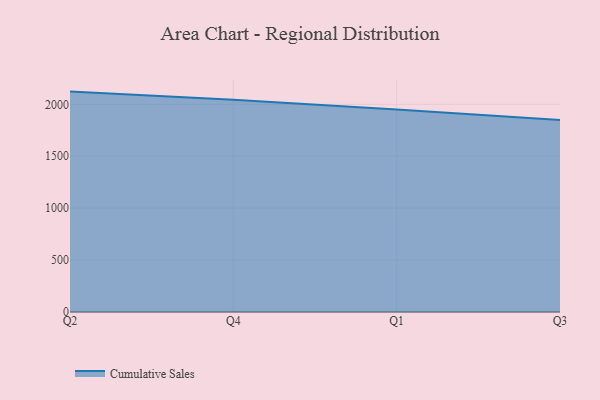
{"axis": {"x": "Quarter", "y": "Demand Index"}, "legend": ["Cumulative Sales"], "data": [{"x": "Q2", "y": 2123.0, "type": "Cumulative Sales"}, {"x": "Q4", "y": 2044.7, "type": "Cumulative Sales"}, {"x": "Q1", "y": 1949.5, "type": "Cumulative Sales"}, {"x": "Q3", "y": 1848.9, "type": "Cumulative Sales"}]}